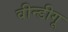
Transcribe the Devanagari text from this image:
वीन्डीगू